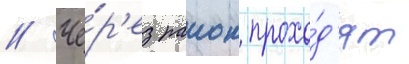
// Че́р'ез раион прохо́д'ят